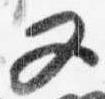
又